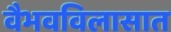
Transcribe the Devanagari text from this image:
वैभवविलासात